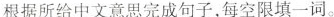
根据所给中文意思完成句子,每空限填一词。